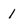
Character: 1